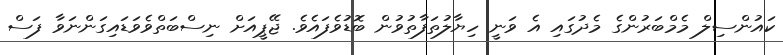
ކައުންސިލް މެމްބަރުންގެ މެދުގައި އެ ވަނީ ހިޔާލުތަފާތުވުން ބޮޑުވެފައެވެ. ޖޭޕީއަށް ނިސްބަތްވެވަޑައިގަންނަވާ ފަސް